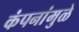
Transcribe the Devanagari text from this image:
कंपनांमुळे